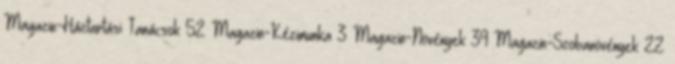
Magazin-Háztartási Tanácsok 52 Magazin-Kézimunka 3 Magazin-Növények 39 Magazin-Szobanövények 22